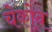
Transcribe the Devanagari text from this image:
चेकोव